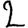
Digit: 2